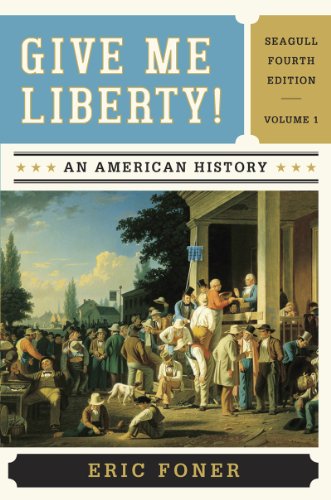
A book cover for Give Me Liberty!: An American History (Seagull Fourth Edition)  (Vol. 1); Eric Foner; History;